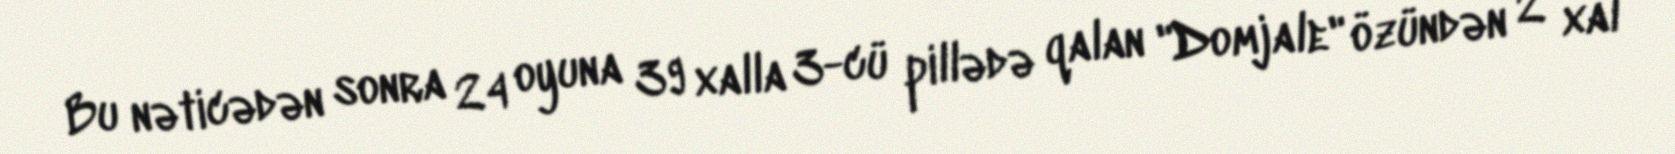
Bu nəticədən sonra 24 oyuna 39 xalla 3-cü pillədə qalan "Domjale" özündən 2 xal